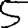
Digit: 5